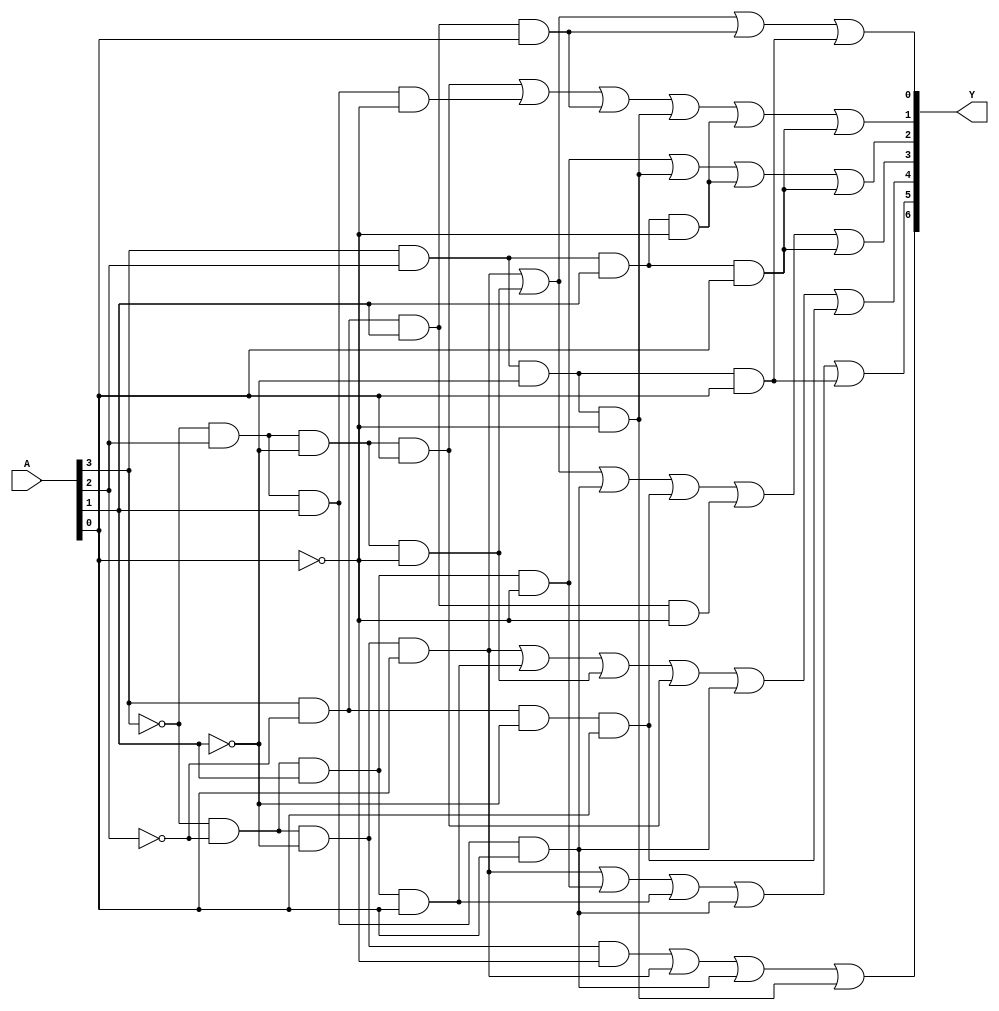
//Design and simulate  a decoder for  7 segment display.

module display7seg_main(A,Y);

input [3:0] A;
output [6:0] Y;

wire [3:0] A;
wire [6:0] Y;

assign Y[6] = (~A[3] & ~A[2] & ~A[1] & ~A[0]) | (~A[3] & ~A[2] & ~A[1] & A[0])| 
            (~A[3] & A[2] & A[1] & A[0])|(A[3] & A[2] & ~A[1] & ~A[0]);
				
assign Y[5]=(~A[3] & ~A[2] & ~A[1] & A[0]) | (~A[3] & ~A[2] & A[1] & ~A[0])| 
            (~A[3] & ~A[2] & A[1] & A[0])|(~A[3] & A[2] & A[1] & A[0])|(A[3] & A[2] & ~A[1] & A[0]);
	
assign Y[4]=(~A[3] & ~A[2] & ~A[1] & A[0]) | (~A[3] & ~A[2] & A[1] & A[0]) | 
            (~A[3] & A[2] & ~A[1] & ~A[0]) | (~A[3] & A[2] & ~A[1] & A[0]) | 
				(~A[3] & A[2] & A[1] & A[0]) | (A[3] & ~A[2] & ~A[1] & A[0]);
				
assign Y[3]=(~A[3] & ~A[2] & ~A[1] & A[0]) | (~A[3] & A[2] & ~A[1] & ~A[0])| 
            (~A[3] & A[2] & A[1] & A[0])|(A[3] & ~A[2] & ~A[1] & A[0]) |(A[3] & ~A[2] & A[1] & ~A[0])|
				(A[3] & A[2] & A[1] & A[0]);
			

assign Y[2]=(~A[3] & ~A[2] & A[1] & ~A[0]) | (A[3] & A[2] & ~A[1] & ~A[0])| 
            (A[3] & A[2] & A[1] & ~A[0]) | (A[3] & A[2] & A[1] & A[0]);
				
//assign Y[1]=(~A[3] & A[2] & ~A[1] & A[0]) | (A[3] & A[2] & ~A[1] & ~A[0])| (A[3] &  A[1] & A[0])|(A[2] & A[1] & ~A[0]);
assign Y[1]= (~A[3] & A[2] & ~A[1] & A[0]) | (~A[3] & A[2] & A[1] & ~A[0])| 
            (A[3] & ~A[2] & A[1] & A[0])|(A[3] & A[2] & ~A[1] & ~A[0]) | (A[3] & A[2] & A[1] & ~A[0]) |
				(A[3] & A[2] & A[1] & A[0]);

				
assign Y[0]=(~A[3] & ~A[2] & ~A[1] & A[0]) | (~A[3] & A[2] & ~A[1] & ~A[0])| 
            (A[3] & ~A[2] & A[1] & A[0]) | (A[3] & A[2] & ~A[1] & A[0]);
				
endmodule